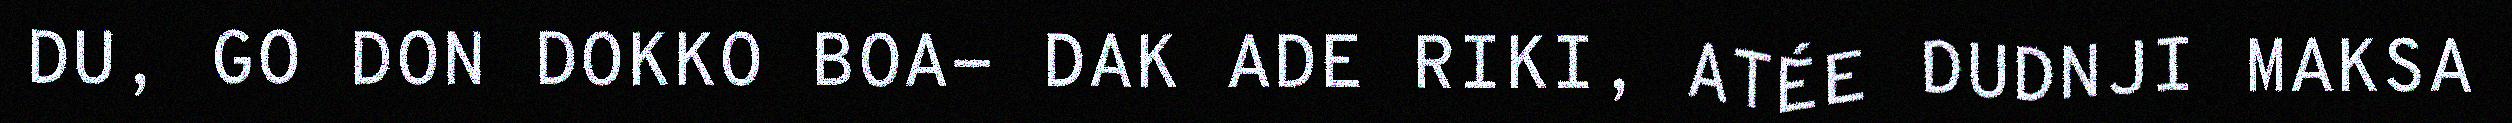
DU, GO DON DOKKO BOA- DAK ADE RIKI, ATÉE DUDNJI MAKSA